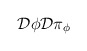
\begin{align*} {\cal D} \phi {\cal D} \pi_\phi\end{align*}